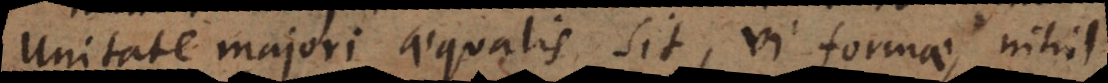
unitate majori aequalis sit, vi formae, nihil